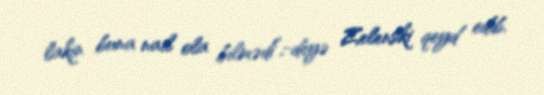
lakin buna nail ola bilmədi”,-deyə Zelenski qeyd edib.